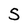
Character: 5